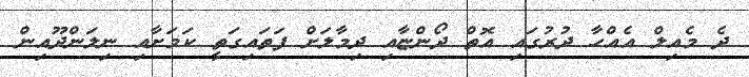
ދެ މެއިލް އެއްހާ ދުރުގައި އޮތް ދޯންޏާއި ދިމާލަށް ފަތައިގަތީ ކަމަށާއި ނިލަންދޫއިން